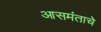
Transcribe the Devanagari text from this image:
आसमंताचे